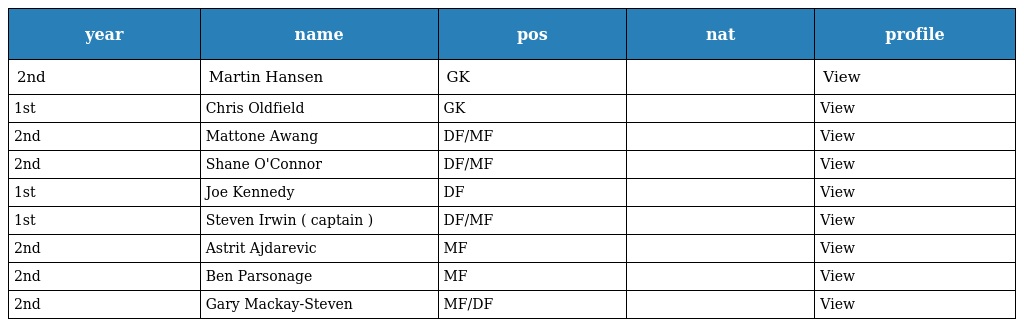
| year | name | pos | nat | profile |
 | --- | --- | --- | --- | --- |
 | 2nd | Martin Hansen | GK |  | View |
 | 1st | Chris Oldfield | GK |  | View |
 | 2nd | Mattone Awang | DF/MF |  | View |
 | 2nd | Shane O'Connor | DF/MF |  | View |
 | 1st | Joe Kennedy | DF |  | View |
 | 1st | Steven Irwin ( captain ) | DF/MF |  | View |
 | 2nd | Astrit Ajdarevic | MF |  | View |
 | 2nd | Ben Parsonage | MF |  | View |
 | 2nd | Gary Mackay-Steven | MF/DF |  | View |